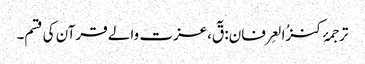
ترجمۂ کنزُالعِرفان: قٓ،عزت والے قرآن کی قسم۔